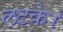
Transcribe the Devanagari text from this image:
लटके।